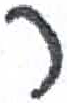
אות: ר